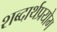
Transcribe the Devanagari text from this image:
शब्दार्थप्रयोग